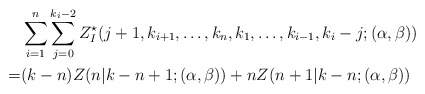
\begin{align*}\begin{aligned}&\sum_{i=1}^{n}\sum_{j=0}^{k_i-2}Z^{\star}_{I}(j+1,k_{i+1},\ldots,k_n,k_1,\ldots,k_{i-1},k_i-j;(\alpha,\beta))\\=&(k-n)Z(n|k-n+1;(\alpha,\beta))+nZ(n+1|k-n;(\alpha,\beta))\end{aligned}\end{align*}